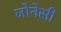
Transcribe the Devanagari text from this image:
जोनेसी